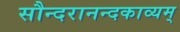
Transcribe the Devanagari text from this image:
सौन्दरानन्दकाव्यम्